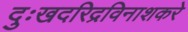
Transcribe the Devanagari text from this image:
दुःखदरिद्रविनाशकरे